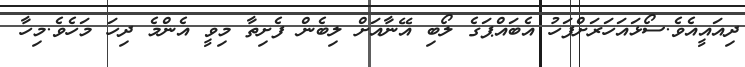
ދިއައީއެވެ.ސޯޅައަހަރަށްފަހު އެބައްޕަގެ ލޯބި އޭނާއަށް ލިބެން ފެށިތާ މިވީ އެންމެ ދިހަ މަހެވެ.މިހާ